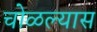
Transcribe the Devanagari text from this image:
चोळल्यास